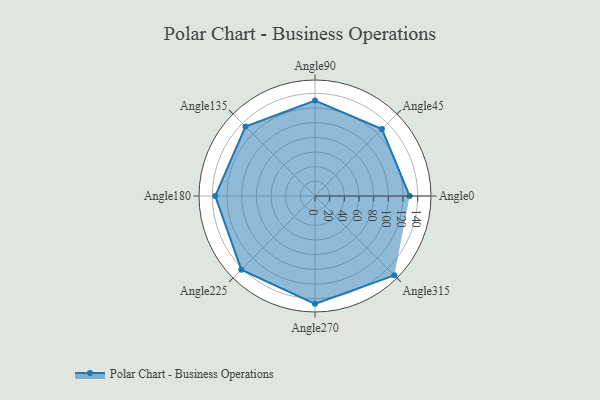
{"axis": {"x": "Angle", "y": "Radius"}, "legend": [""], "data": [{"x": "Angle0", "y": 129.0, "type": ""}, {"x": "Angle45", "y": 129.0, "type": ""}, {"x": "Angle90", "y": 130.0, "type": ""}, {"x": "Angle135", "y": 134.0, "type": ""}, {"x": "Angle180", "y": 136.0, "type": ""}, {"x": "Angle225", "y": 142.0, "type": ""}, {"x": "Angle270", "y": 147.0, "type": ""}, {"x": "Angle315", "y": 153.0, "type": ""}]}